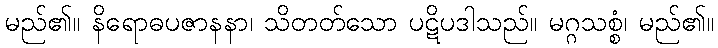
မည်၏။ နိရောဓပဇာနနာ၊ သိတတ်သော ပဋိပဒါသည်။ မဂ္ဂသစ္စံ၊ မည်၏။